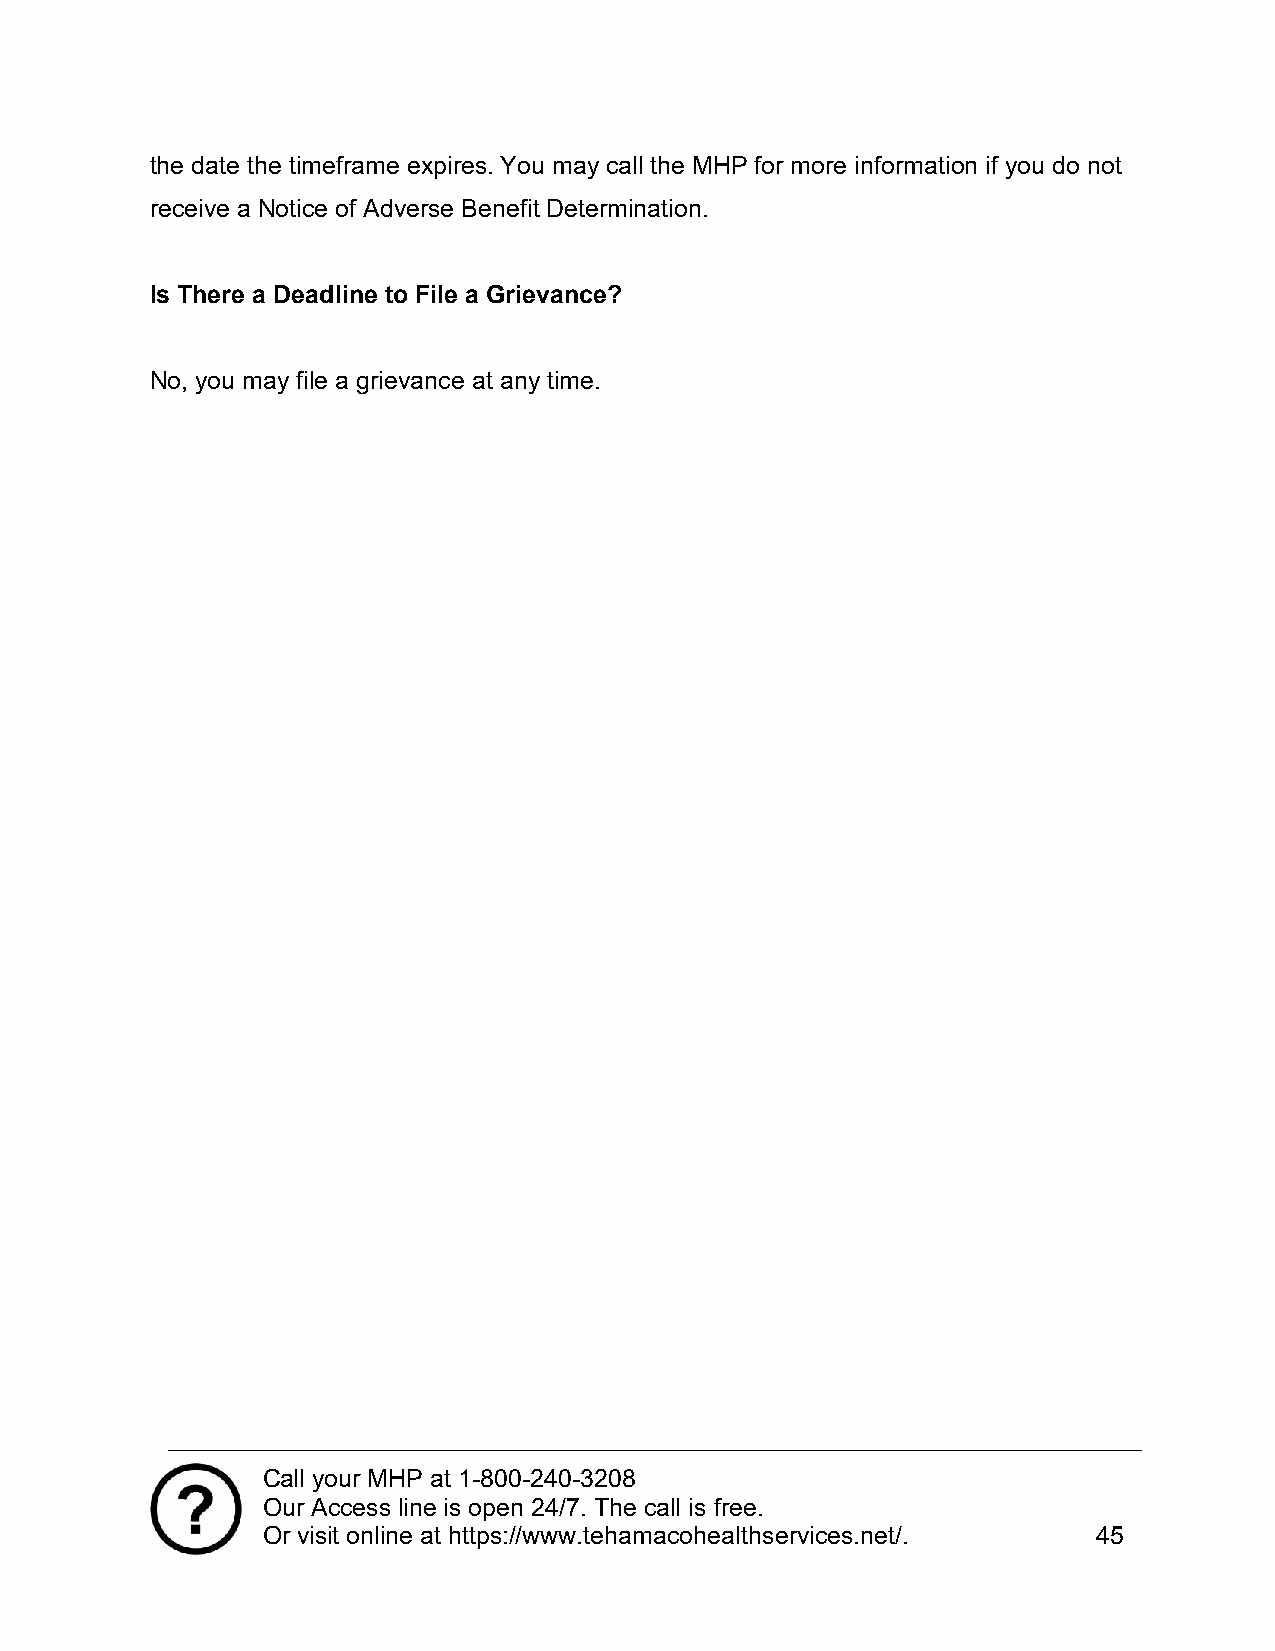
the date the timeframe expires. You may call the MHP for more information if you do not
 receive a Notice of Adverse Benefit Determination.
 Is There a Deadline to File a Grievance?
 No, you may file a grievance at any time.
 Call your MHP at 1-800-240-3208
 Our Access line is open 24/7. The call is free.
 Or visit online at https://www.tehamacohealthservices.net/. 45